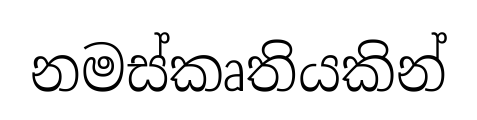
නමස්කෘතියකින්